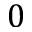
0